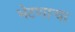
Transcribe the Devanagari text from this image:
भेटणार्‍या